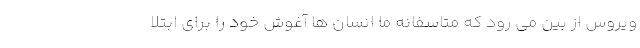
ویروس از بین می رود که متاسفانه ما انسان ها آغوش خود را برای ابتلا